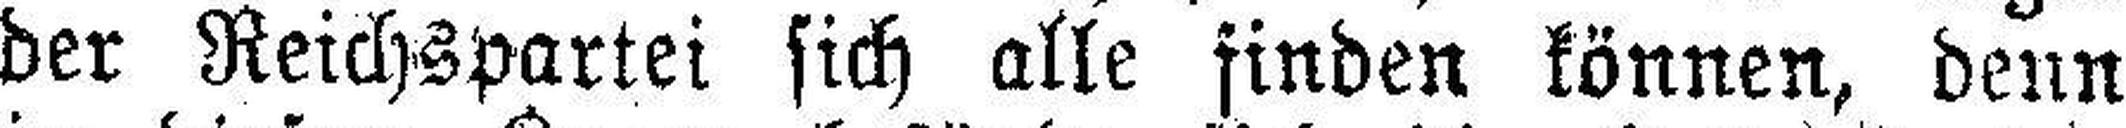
der Reichspartei sich alle finden können, denn